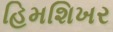
હિમશિખર